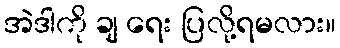
အဲဒါကို ချ ရေး ပြလို့ရမလား။